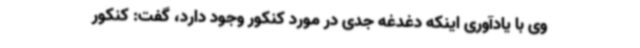
وی با یادآوری اینکه دغدغه جدی در مورد کنکور وجود دارد، گفت: کنکور